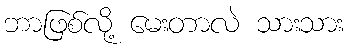
ဘာဖြစ်လို့ မေးတာလဲ သားသား